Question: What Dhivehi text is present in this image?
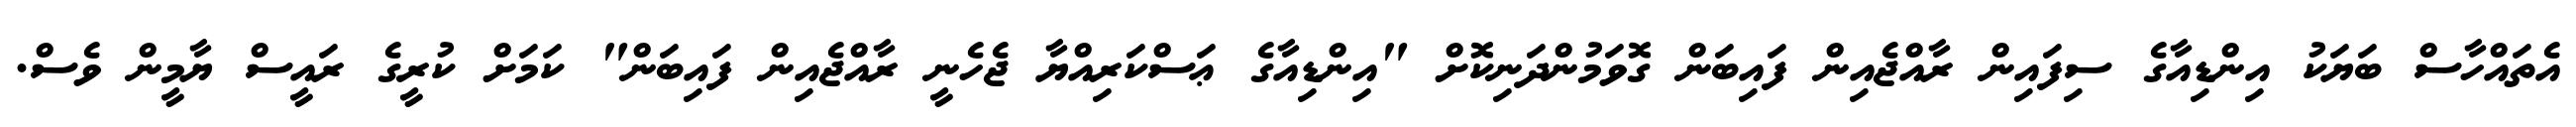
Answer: އެތައްހާސް ބަޔަކު އިންޑިއާގެ ސިފައިން ރާއްޖެއިން ފައިބަން ގޮވަމުންދަނިކޮށް "އިންޑިއާގެ ޢަސްކަރިއްޔާ ޖެހެނީ ރާއްޖެއިން ފައިބަން" ކަމަށް ކުރީގެ ރައީސް ޔާމީން ވެސް.